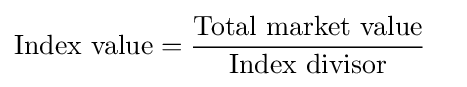
{\begin{aligned}\mathrm {Index~value} &={\frac {\mathrm {Total~market~value} }{\mathrm {Index~divisor} }}\end{aligned}}